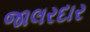
જાલરદાર